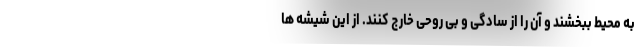
به محیط ببخشند و آن را از سادگی و بی روحی خارج کنند. از این شیشه ها